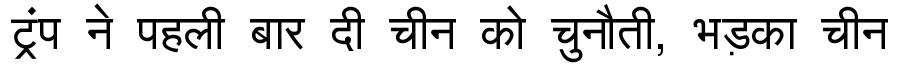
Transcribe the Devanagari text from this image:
ट्रंप ने पहली बार दी चीन को चुनौती, भड़का चीन